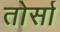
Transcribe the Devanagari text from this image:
तोर्सा